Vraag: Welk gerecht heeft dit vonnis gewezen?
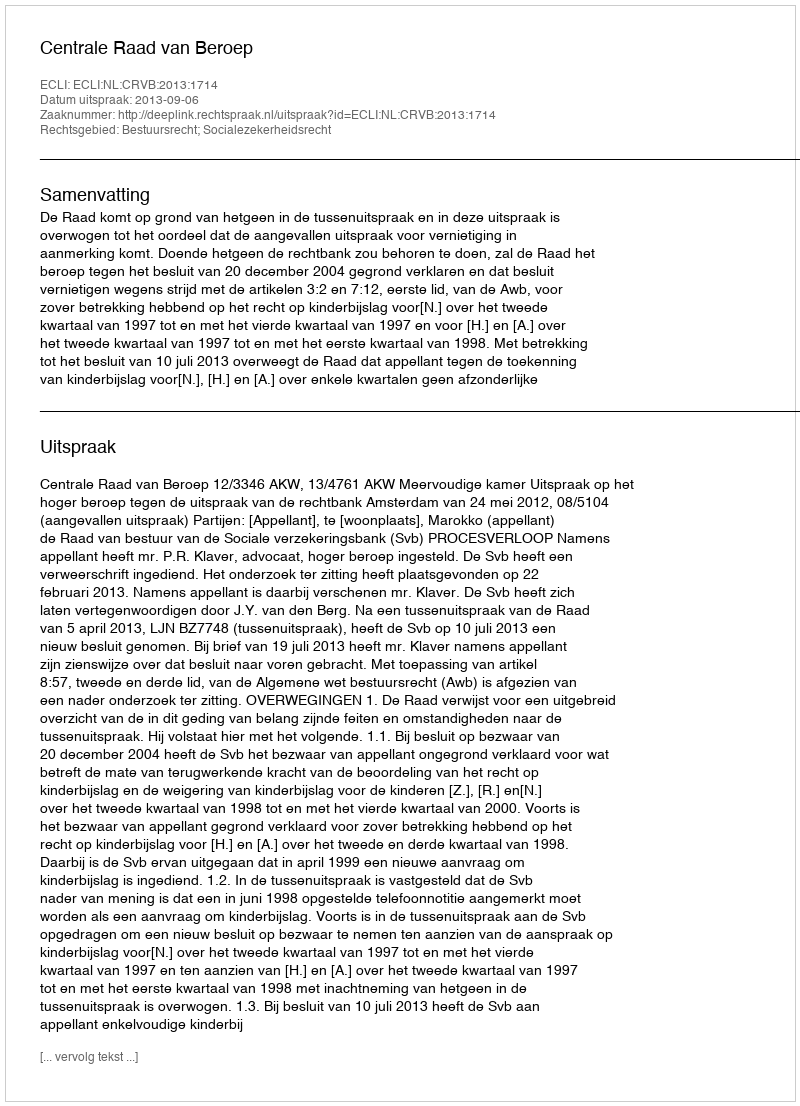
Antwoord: Centrale Raad van Beroep